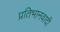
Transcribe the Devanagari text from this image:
प्रतिभानवादी